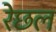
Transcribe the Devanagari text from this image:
रेछल